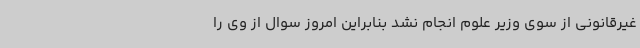
غیرقانونی از سوی وزیر علوم انجام نشد بنابراین امروز سوال از وی را